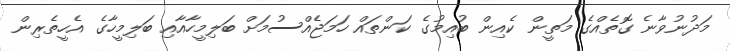
މަދުނުވާނެ ގޮތެއްގެ މަތީން ކެއިން ބުއިމުގެ ކަންތައް ހަމަޖެއްސުމަށް ބަލިމީހާއާއި ބަލިމީހާގެ އެހީތެރިން